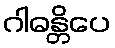
ဂါဓန္တိပေ